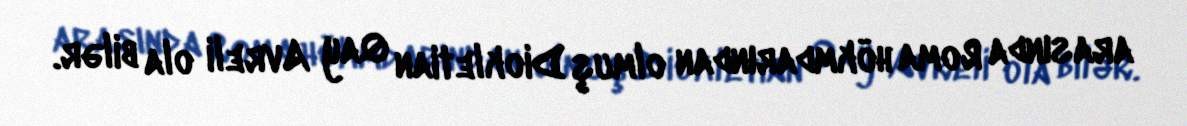
arasında Roma hökmdarından olmuş Diokletian Qay Avreli ola bilər.